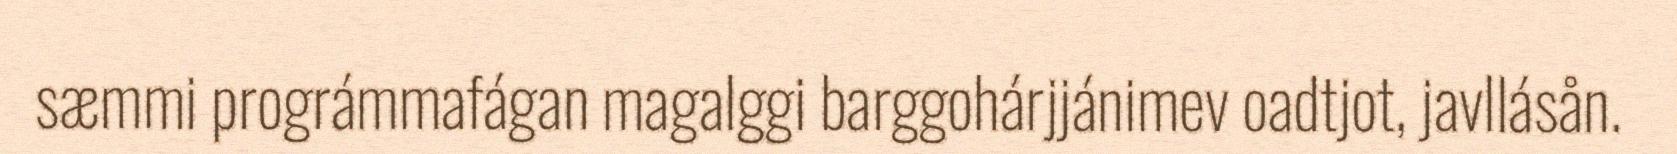
sæmmi prográmmafágan magalggi barggohárjjánimev oadtjot, javllásån.